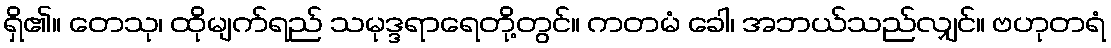
ရှိ၏။ တေသု၊ ထိုမျက်ရည် သမုဒ္ဒရာရေတို့တွင်။ ကတမံ ခေါ၊ အဘယ်သည်လျှင်။ ဗဟုတရံ